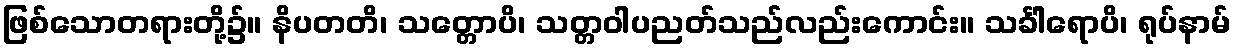
ဖြစ်သောတရားတို့၌။ နိပတတိ၊ သတ္တောပိ၊ သတ္တဝါပညတ်သည်လည်းကောင်း။ သင်္ခါရောပိ၊ ရုပ်နာမ်